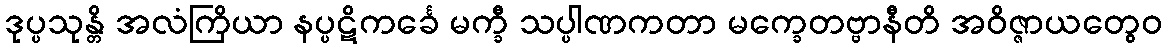
ဒုပ္ပသုန္တိ အလံကြိယာ နပ္ပဋိကင်္ခေ မက္ခီ သပ္ပါဏကတာ မက္ခေတဗ္ဗာနီတိ အဝိဇ္ဇာယတွေဝ